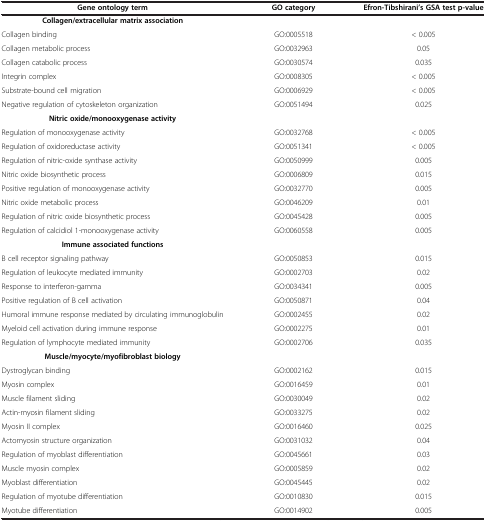
<table><thead><tr><td><b>Gene ontology term</b></td><td><b>GO category</b></td><td><b>Efron-Tibshirani’s GSA test p-value</b></td></tr></thead><tbody><tr><td><b>Collagen/extracellular matrix association</b></td><td> </td><td> </td></tr><tr><td>Collagen binding</td><td>GO:0005518</td><td>&lt; 0.005</td></tr><tr><td>Collagen metabolic process</td><td>GO:0032963</td><td>0.05</td></tr><tr><td>Collagen catabolic process</td><td>GO:0030574</td><td>0.035</td></tr><tr><td>Integrin complex</td><td>GO:0008305</td><td>&lt; 0.005</td></tr><tr><td>Substrate-bound cell migration</td><td>GO:0006929</td><td>&lt; 0.005</td></tr><tr><td>Negative regulation of cytoskeleton organization</td><td>GO:0051494</td><td>0.025</td></tr><tr><td><b>Nitric oxide/monooxygenase activity</b></td><td> </td><td> </td></tr><tr><td>Regulation of monooxygenase activity</td><td>GO:0032768</td><td>&lt; 0.005</td></tr><tr><td>Regulation of oxidoreductase activity</td><td>GO:0051341</td><td>&lt; 0.005</td></tr><tr><td>Regulation of nitric-oxide synthase activity</td><td>GO:0050999</td><td>0.005</td></tr><tr><td>Nitric oxide biosynthetic process</td><td>GO:0006809</td><td>0.015</td></tr><tr><td>Positive regulation of monooxygenase activity</td><td>GO:0032770</td><td>0.005</td></tr><tr><td>Nitric oxide metabolic process</td><td>GO:0046209</td><td>0.01</td></tr><tr><td>Regulation of nitric oxide biosynthetic process</td><td>GO:0045428</td><td>0.005</td></tr><tr><td>Regulation of calcidiol 1-monooxygenase activity</td><td>GO:0060558</td><td>0.005</td></tr><tr><td><b>Immune associated functions</b></td><td> </td><td> </td></tr><tr><td>B cell receptor signaling pathway</td><td>GO:0050853</td><td>0.015</td></tr><tr><td>Regulation of leukocyte mediated immunity</td><td>GO:0002703</td><td>0.02</td></tr><tr><td>Response to interferon-gamma</td><td>GO:0034341</td><td>0.005</td></tr><tr><td>Positive regulation of B cell activation</td><td>GO:0050871</td><td>0.04</td></tr><tr><td>Humoral immune response mediated by circulating immunoglobulin</td><td>GO:0002455</td><td>0.02</td></tr><tr><td>Myeloid cell activation during immune response</td><td>GO:0002275</td><td>0.01</td></tr><tr><td>Regulation of lymphocyte mediated immunity</td><td>GO:0002706</td><td>0.035</td></tr><tr><td><b>Muscle/myocyte/myofibroblast biology</b></td><td> </td><td> </td></tr><tr><td>Dystroglycan binding</td><td>GO:0002162</td><td>0.015</td></tr><tr><td>Myosin complex</td><td>GO:0016459</td><td>0.01</td></tr><tr><td>Muscle filament sliding</td><td>GO:0030049</td><td>0.02</td></tr><tr><td>Actin-myosin filament sliding</td><td>GO:0033275</td><td>0.02</td></tr><tr><td>Myosin II complex</td><td>GO:0016460</td><td>0.025</td></tr><tr><td>Actomyosin structure organization</td><td>GO:0031032</td><td>0.04</td></tr><tr><td>Regulation of myoblast differentiation</td><td>GO:0045661</td><td>0.03</td></tr><tr><td>Muscle myosin complex</td><td>GO:0005859</td><td>0.02</td></tr><tr><td>Myoblast differentiation</td><td>GO:0045445</td><td>0.02</td></tr><tr><td>Regulation of myotube differentiation</td><td>GO:0010830</td><td>0.015</td></tr><tr><td>Myotube differentiation</td><td>GO:0014902</td><td>0.005</td></tr></tbody></table>